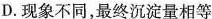
D.现象不同，最终沉淀量相等